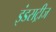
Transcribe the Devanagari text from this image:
इंडसट्रीज